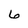
Character: 6